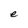
Character: e